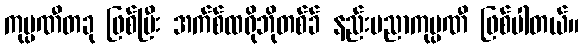
ကုမ္ပဏီတခု ဖြစ်ပြီး အက်စ်ထရိုဘိုတစ်ခ် နည်းပညာကုမ္ပဏီ ဖြစ်ပါတယ်။